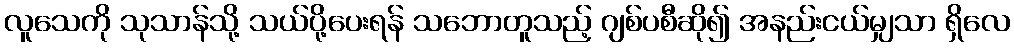
လူသေကို သုသာန်သို့ သယ်ပို့ပေးရန် သဘောတူသည့် ဂျစ်ပစီဆို၍ အနည်းငယ်မျှသာ ရှိလေ